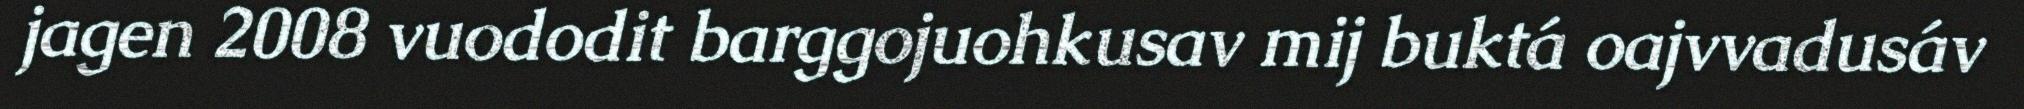
jagen 2008 vuododit barggojuohkusav mij buktá oajvvadusáv